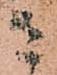
さ